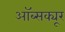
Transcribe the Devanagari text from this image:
ऑब्सक्यूर